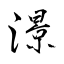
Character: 澋